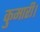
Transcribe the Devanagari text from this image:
कुमारी।